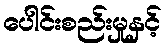
ပေါင်းစည်းမှုနှင့်